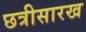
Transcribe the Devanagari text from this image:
छत्रीसारख